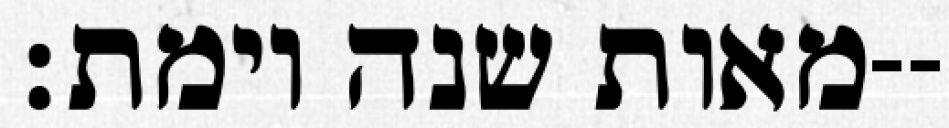
מאות שנה וימת׃--